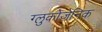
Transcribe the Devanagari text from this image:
ग्लुकोजेनिक